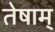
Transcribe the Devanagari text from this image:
तेषाम्